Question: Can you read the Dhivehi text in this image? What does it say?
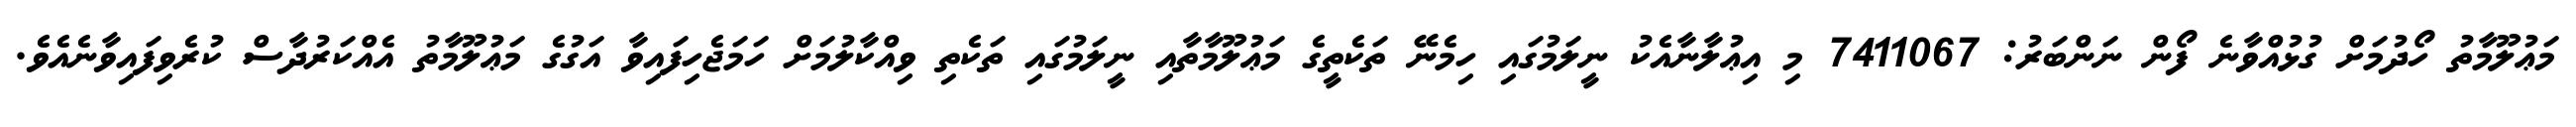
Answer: މަޢުލޫމާތު ހޯދުމަށް ގުޅުއްވާނެ ފޯން ނަންބަރު: 7411067 މި އިޢުލާނާއެކު ނީލަމުގައި ހިމެނޭ ތަކެތީގެ މަޢުލޫމާތާއި ނީލަމުގައި ތަކެތި ވިއްކާލުމަށް ހަމަޖެހިފައިވާ އަގުގެ މަޢުލޫމާތު އެއްކަރުދާސް ކުރެވިފައިވާނެއެވެ.